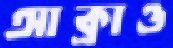
আক্রাও